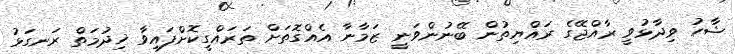
ޝާހު ވިދާޅުވީ ރާއްޖޭގެ ރައްޔިތުން ބޭނުންވަނީ ޒަމާނާ އެއްގޮތަށް ތަރައްގީކޮށްފައިވާ ޚިދުމަތް ރަނގަޅު